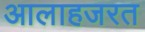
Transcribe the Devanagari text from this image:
आलाहजरत